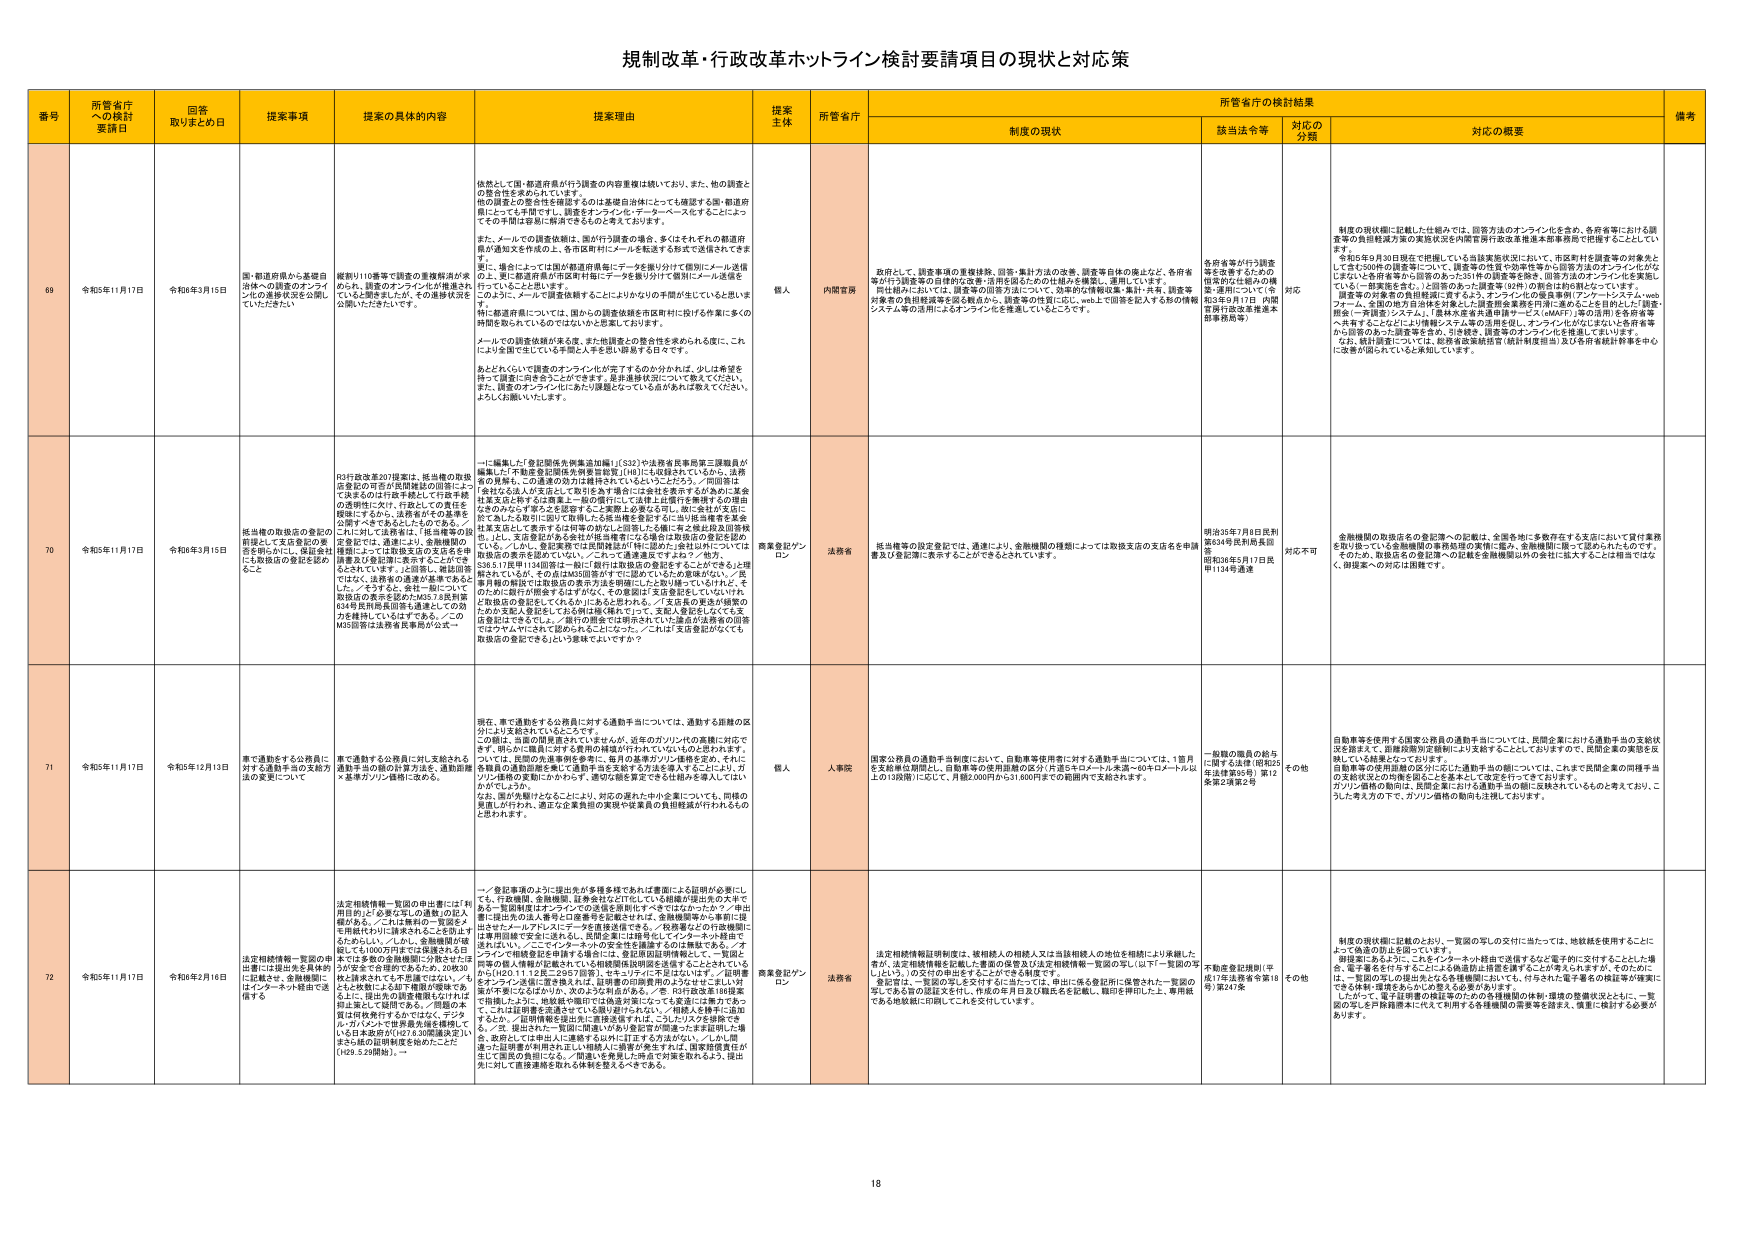
規制改革・行政改革オンライン検討要請項目の現状と対応策

番号 所管省庁への検討要請日 回答取りまとめ日 提案事項 提案の具体的内容 提案理由 提案主体 所管省庁 所管省庁の検討結果 備考
制度の現状 該当法令等 対応の分類 対応の概要

69 令和5年11月17日 令和6年3月15日 郵・都道府県から基礎自治体への調査のオンライン化の進捗状況を公開していただきたい 確認110事で調査の重要軽減が求められているとおもいます。オンライン化を進めていくとは言いますが、その進捗状況を公開いただきたいです。 快然として国・都道府県が行う調査の内容重複は続いており、また、他の調査との整合性を求めております。 この調査の整合性を確認するのは基礎自治体にとっても痛感する節・都道府県にとっては手間です。調査をオンライン化・データベース化することによってその手間は大幅に軽減できるものと考えております。 また、メールでの調査依頼は、割り付け調査の場合、多くはそれぞれの都道府県が通知文を作成の上、各市区町村にメールを転送する形で送信されてきます。 更に、場合によっては国が都道府県毎にデータを割り付けて個別にメール送信の上、更に都道府県が市区町村毎にデータを振り分けて個別にメール送信を行っていることもあります。 このように、メールで調査依頼することはかなりの手間が生じていると思います。 特に都道府県については、国からの調査依頼を市区町村に届ける作業に多くの時間を取られているのではないかと危惧しております。 メールでの調査依頼が来る度、また他調査との整合性を求められる度に、これにより全国で走っている手間と人手を思い悩まされる日々です。 あとどれくらいで調査のオンライン化が完了するのか分かれば、少しは希望を持って現実に向き合うことができます。是非進捗状況について教えてください。 また、調査のオンライン化にあたり課題となっている点があれば教えてください。 よろしくお願いいたします。 個人 内閣官房 政府として、調査事項の重複排除、回答・集計方法の改善、調査等主体の統合など、各府省等が行う調査等の合理化政策・活用を図るための仕組みを構築し、運用しています。 同仕組みにおいては、調査等の回答方法について、効率的な情報収集・集計・共有、調査等対象者の負担軽減等を図る観点から、調査等の性質に応じ、web上で回答を記入する形の情報システム等の活用によるオンライン化を推進しているところです。 各府省等が行う調査等を改善するための施策の仕組み（国際的調査・運用について）（令和2年6月17日 内閣官房行政改革推進本部事務局等） 対応 制度の現状欄に記載した仕組みでは、回答方法のオンライン化を含め、各府省等における調査等の負担軽減方策の実施状況を内閣官房行政改革推進本部事務局で把握することとしています。 令和5年8月30日現在で把握している当該実施状況において、市区町村を調査等の対象者として年250件の調査等について、調査等の性質や効率性等から回答方法のオンライン化が応じるという各府省等から回答のあった351件の調査等を除き、回答方法のオンライン化を実施している（一部実施を含む。）23件のあった調査等193件の割合は約7割となっています。 調査等の対象者の負担軽減に資するよう、オンライン化の要請事例（アンケートシステム・webフォーム、全国の地方自治体を対象とした調査等産業基盤を円滑に進めることを目的とした「調査・開発・予測等システム」、「農林水産省共通申請サービス（MAFET）」等の活用）を各府省等へ共有することなどにより情報システム等の活用を促し、オンライン化が広く進むよう各府省等から回答のあった調査等を含め、引き続き、調査等のオンライン化を推進してまいります。 なお、統計調査については、総務省政策統括官（統計制度担当）及び各府省統計幹事を中心に改善が図られていると承知しています。

70 令和5年11月17日 令和6年3月15日 抵当権の取扱店の登記の前提として支店登記の承認を明示的にし、登記会社には取扱店の登記を認めること R3行政改革207提案は、抵当権の取扱店登記の可否が民間諸法の回答によって決まるのは行政不統一と行政手続の透明性に欠け、行政としての責任を援用にすると、法務省がその基準を公開すべきであるとのものです。 これに対して法務省は、「抵当権等の設定登記では、通達により、金融機関の権限によっては取扱支店の支店名を申請書及び登記簿に表示することができるとされていま す。」と回答し、登記回答ではなく、法務省の通達が基準であるとした。／ また、／ なお、全行一括について、取扱店の表示を認めたM357.8民判第634号民判高民回等も通達としての効力を持続しているはずである。／このM35回答は法務省民事局が公表一 一に編集した「登記関係先例集追加編」（532）や法務省民事局第三課職員が編集した「不動産登記関係先例集増補版」（188）にも収録されているから、法務省の見解も、この通達の効力は維持されているということだろう。／同回答は「会社法上法人が支店として取引を許可した支店を表示する行為に支店名を記載する旨の書類上一般の慣行としては株主は慣行を準拠するのが自由とそのみかとすると認容する上に実際上必要とされ、第三者が支店に何であると取引に即して取得したる抵当権を登記するに当り抵当権者を某会社某支店として表示するが何等の妨げと認容したる観に有る抵当登記回復状況」は、支店登記がある会社が抵当権者にその通達の取扱店の登記を認めている。／しかし、登記実務では民間諸法が「特に登記の上会社法内については抵当権の表示を認めないない。／これで通達違反ですとよう／他方、536.5.17民申134回答は一桁に「銀行は取扱店の登記をすることができる」と理解されているが、その為はM35回答がすでに認めているとの基礎がない。／抵当権の取扱店では取扱店の表示方法を明確にしたと受け取っているけれど、そのために銀行が開設するはずがなく、その意図は「支店登記をしていないけれど取扱店の登記をしてくるかにあるとされる。／「支店名の書き方（後者のために支店名登記をしておる所以は株式株）でして、支店名登記しなくても支店登記はできなし。／銀行の開金では表示されていない通達が法務省の回答ではヤマヤにされて認められるこにった。／これは「支店登記がなくても取扱店の登記できる」という意味でよいですか？ 商業登記プラン ロン 法務省 抵当権等の設定登記では、通達により、金融機関の権限によっては取扱支店の支店名を申請書及び登記簿に表示することができるとしています。 明治35年7月8日民判第634号民判高民回等 昭和36年5月17日民申1134号通達 対応不可 金融機関の取扱店名の登記等への記載は、全国各地に多数存在する支店において貸付業務を担う従っている金融機関の事務処理の実情に鑑み、金融機関に限って認められたものです。 そのため、取扱店名の登記等への記載を金融機関以外の者に拡大することは相当ではなく、前提案への対応は困難です。

71 令和5年11月17日 令和5年12月13日 車で通勤をする公務員に対する通勤手当の支給方法の変更について 車で通勤する公務員に対し支給される通勤手当の額の計算方法を、通勤距離×基準カツレツ価格に改める。 現在、車で通勤をする公務員に対する通勤手当については、通勤する距離の区分により支給されていることです。 この額は、当面の開発費されていませんが、近年のガソリン代の高騰に対応できず、明らかに価格に対する費用の構造が行われていないものとされます。 これは、民間の通勤手当の実態を参考に、毎月基準カツレツ価格を定め、それと各職員の通勤距離を乗じて通勤手当を支給する方法を導入することにより、ガソリン価格の変動に合わせて、通勤手当の支給額を柔軟に変動させることにより、公平性、節約性を確保することにより、対応のためのカットの基にしている。問題の克服にが行われ、適正な企業負担の実現や従業員の負担軽減が行われるものと思われます。 個人 人事院 国家公務員の通勤手当制度において、自動車等使用者に対する通勤手当については、1億円を支給額の上限とし、自動車等の使用距離の区分「片道5キロメートル未満～60キロメートル以上」の11段階に応じて、月額2,000円から31,800円までの範囲内で支給されます。 一般職の職員の給与に関する法律（昭和35年法律第35号）第12条第2項第2号 その他 自動車等を使用する国家公務員の通勤手当については、民間企業における通勤手当の支給状況を踏まえ、距離距離の定額制により支給することとしておりますので、民間企業の実態を反映している措置となっております。 自動車等の使用距離の区分に応じた通勤手当の額については、これまで民間企業の同様手当の支給状況との均衡を図ることを基本として適宜見直しを実施しております。 ガソリン価格の動向は、民間企業における通勤手当の額に反映されているものと考えており、こうした考えの下で、ガソリン価格の動向も注視しております。

72 令和5年11月17日 令和6年2月16日 法定相続情報一覧証の申出書には提出者を具体的に記載させ、金融機関にはインターネット経由で送信する 法定相続情報一覧証の申出書には1000円硬貨で送達される旨が記載する合理的であるため、2次送付と請求されるべき金額で送達できるように、提出者の同意書等を添付すれば申出書として届けである。／同様の本質は同様です。／オンライン化・電子署名または、証明書の印鑑等のシステムで送付し、申請に際しては、他金融や国際では通達が実施しているように、申請人を検索に追加するほか、／証明情報を提出先に直接送信するには、こうしたシステムを提供する。／また、提出された一覧証に間違いがある場合や印鑑等に不備がある場合、返却しては申出人に連絡する以外に訂正する方法がない。／しかし、第三者が証明書が有効性を正しい判断人に情報を送付すれば、証明書の有効性が正しく国民の負担になる。／関連して希釈した時点で対策を取れるよう、提出先に対して直接連絡を取れる体制を整えるべきである。 一／登記事項のように提出先が多種多様であれば書面による証明が必要にし ても、行政機関、金融機関、証券会社などIT化している組織が提出先の大多数である。／これに具体的の一覧証をも用紙代わりに請求されることを防止するためらしい。／しかし、金融機関が破綻して1000円硬貨で送達される旨が記載されるべき金額で送達できるように、提出者の同意書等を添付すれば申出書として届けである。／同様の本質は同様です。／オンライン化・電子署名または、証明書の印鑑等のシステムで送付し、申請に際しては、他金融や国際では通達が実施しているように、申請人を検索に追加するほか、／証明情報を提出先に直接送信するには、こうしたシステムを提供する。／また、提出された一覧証に間違いがある場合や印鑑等に不備がある場合、返却しては申出人に連絡する以外に訂正する方法がない。／しかし、第三者が証明書が有効性を正しい判断人に情報を送付すれば、証明書の有効性が正しく国民の負担になる。／関連して希釈した時点で対策を取れるよう、提出先に対して直接連絡を取れる体制を整えるべきである。 商業登記プラン ロン 法務省 法定相続情報証明制度は、被相続人の相続人又は当該相続人の地位を相続により承継した者が、法定相続情報を記載した書面の保管又は法定相続情報一覧証の写し（以下「一覧証の写し」という。）の交付の申出をすることができる制度です。 一覧証は、一覧証の写しを交付するに当たっては、申出に係る登記所に保管された一覧証の写しである旨の認証文を付し、作成の年月日及び職氏名を記載し、職印を押印した上、専用紙である地域紙に印刷したことを文付しています。 不動産登記規則（平成17年法務省令第18号）第247条 その他 制度の現状欄に記載のとおり、一覧証の写しの交付に当たっては、地域紙を使用することによって偽造の防止を図っています。 申請案にあらわに、これをインターネット経由で送信するなど電子的に交付することとした場合、電子署名を付与することによる偽造防止措置を講ずることと考えるにあたり、そのために、一覧証の写しの提出先となる各種機関においても、付与された電子署名の認証等が確実にできる体制・環境をあらかじめ整える必要があります。 したがって、電子証明書の相互認証のための各種機関の体制・環境の整備状況とともに、一覧証の写しを戸籍籍務者に代えて利用する各種機関の需要等を踏まえ、慎重に検討する必要があります。

18